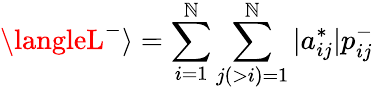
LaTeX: \langleL^{-}\rangle=\sum_{i=1}^{\mathbb{N}}\sum_{j(>i)=1}^{\mathbb{N}}|a_{ij}^{*}|p_{ij}^{-}